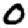
Digit: 0